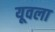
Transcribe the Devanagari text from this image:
यूवला